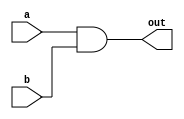
module and_gate (
input   wire    a,
input   wire    b,
output  wire    out
);

assign out = a & b ;

endmodule